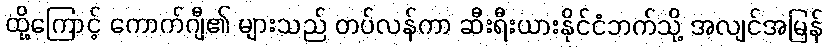
ထို့ကြောင့် ကောက်ဂျီ၏ များသည် တပ်လန်ကာ ဆီးရီးယားနိုင်ငံဘက်သို့ အလျင်အမြန်